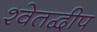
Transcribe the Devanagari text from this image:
श्वेतद्वीप